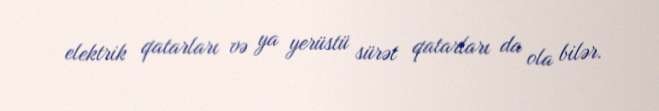
elektrik qatarları və ya yerüstü sürət qatarları da ola bilər.